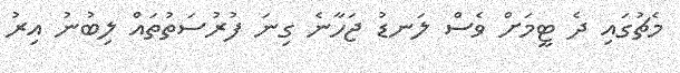
މެޗުގައި ދެ ޓީމަށް ވެސް ލަނޑު ޖަހާނެ ގިނަ ފުރުސަތުތައް ލިބުނު އިރު